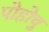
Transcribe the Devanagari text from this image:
पोहोचु